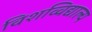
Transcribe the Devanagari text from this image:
विशव्विद्याल्य